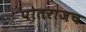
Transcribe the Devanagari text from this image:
पोतराजच